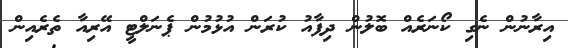
އިރާނުން ނެގި ކޯނަރެއް ބޮލުން ދިފާއު ކުރަން އުޅުމުން ޕެނަލްޓީ އޭރިއާ ތެރެއިން